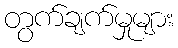
တွက်ချက်မှုများ